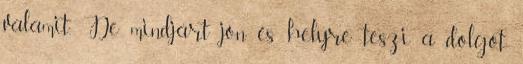
valamit. De mindjárt jön és helyre teszi a dolgot.